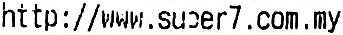
HTTP : // WWW.SUPER7.COM.MY